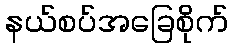
နယ်စပ်အခြေစိုက်